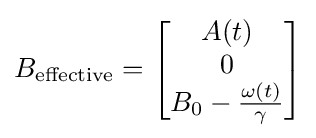
B_{\text{effective}}={\begin{bmatrix}A(t)\\0\\B_{0}-{\frac {\omega (t)}{\gamma }}\end{bmatrix}}